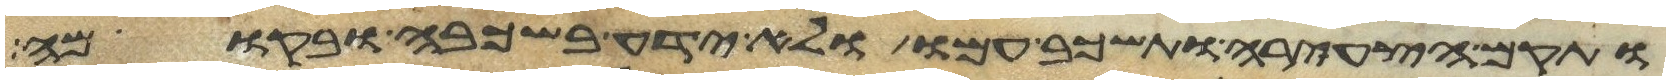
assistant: ותקם הצעירה ותשכב עמו ולא ידע בשכבה ובקומה